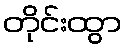
တိုင်းထွာ